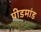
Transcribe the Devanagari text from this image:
पीडमांड